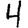
Digit: 4